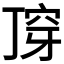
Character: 𬻣